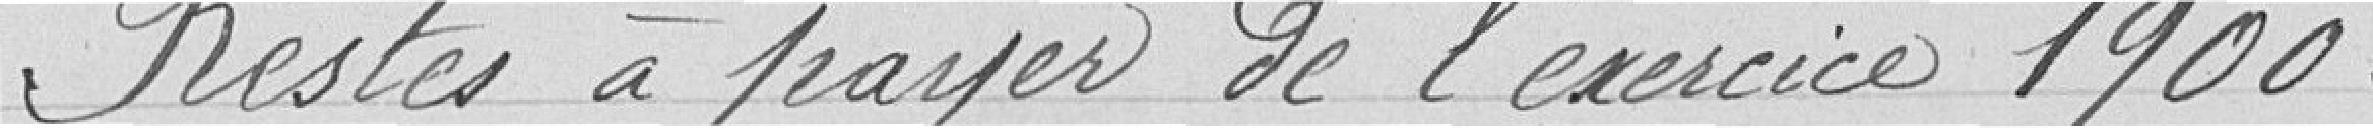
Restes à payer de l'exercice 1900